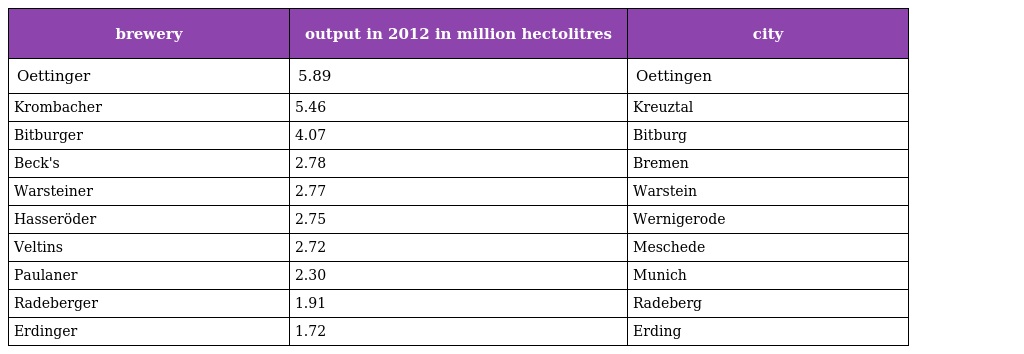
| brewery | output in 2012 in million hectolitres | city |
 | --- | --- | --- |
 | Oettinger | 5.89 | Oettingen |
 | Krombacher | 5.46 | Kreuztal |
 | Bitburger | 4.07 | Bitburg |
 | Beck's | 2.78 | Bremen |
 | Warsteiner | 2.77 | Warstein |
 | Hasseröder | 2.75 | Wernigerode |
 | Veltins | 2.72 | Meschede |
 | Paulaner | 2.30 | Munich |
 | Radeberger | 1.91 | Radeberg |
 | Erdinger | 1.72 | Erding |